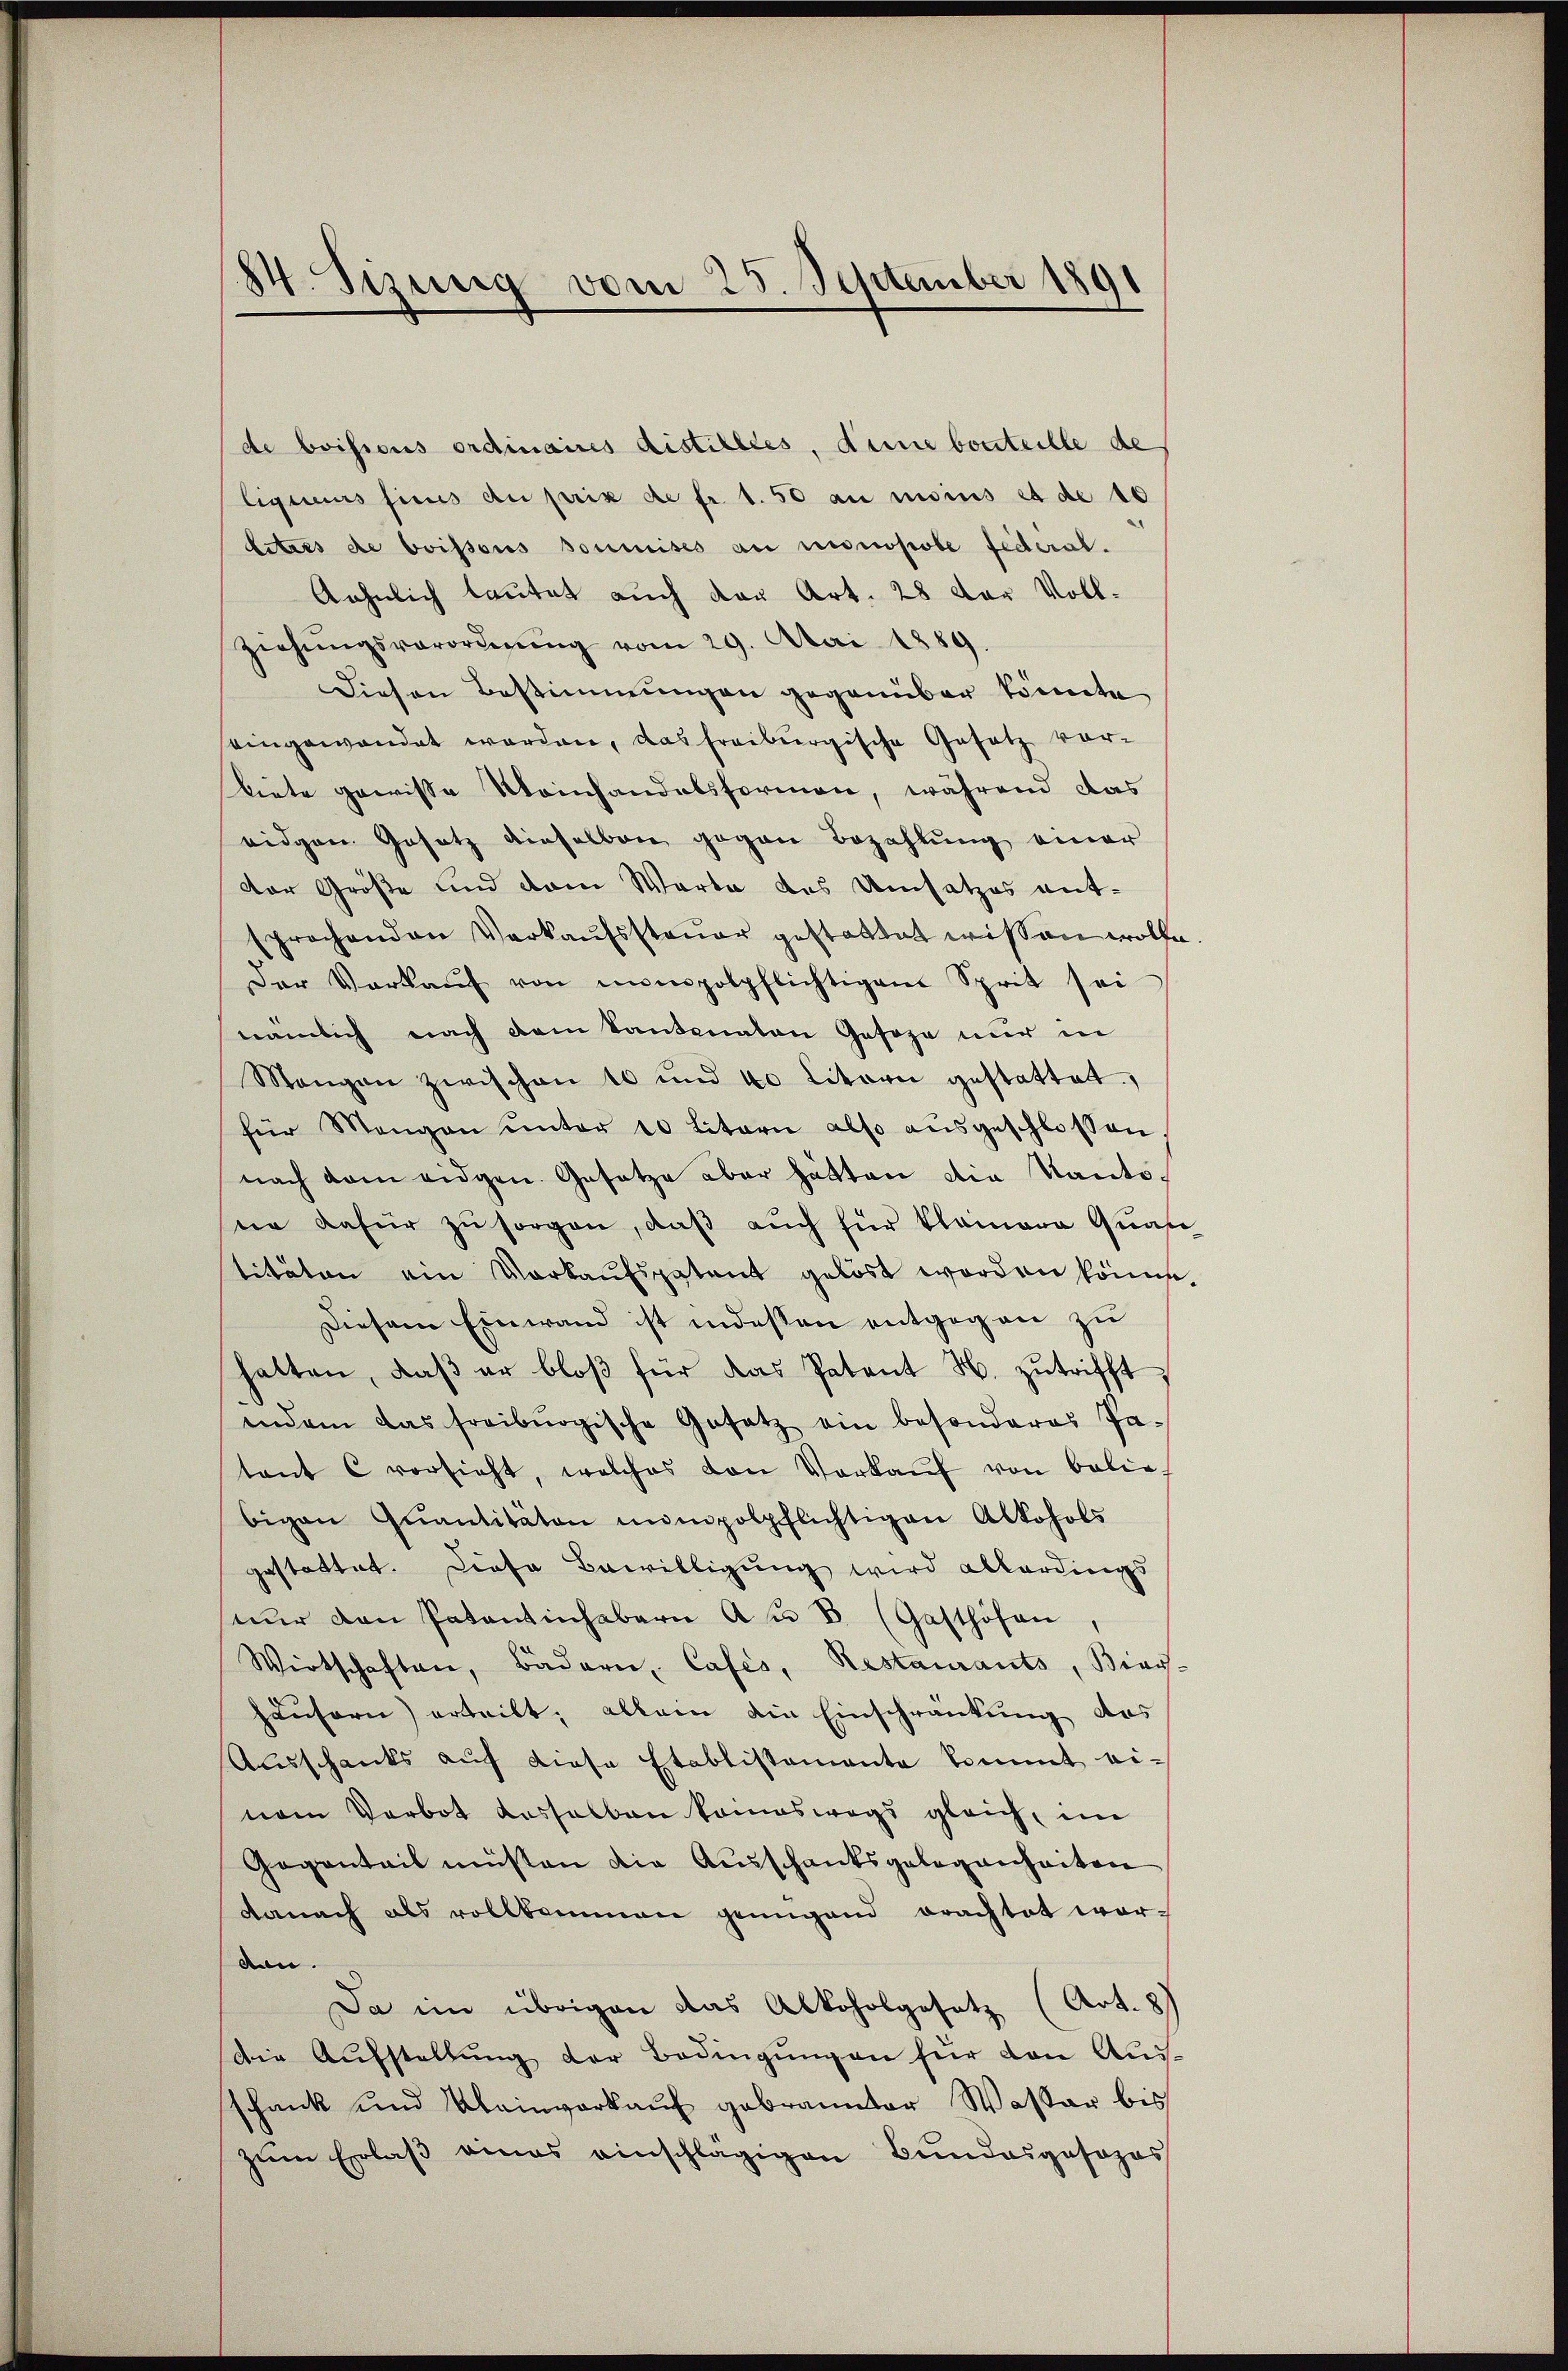
84. Sizung vom 25. September 1891

Ziehŭngsverordnŭng vom 29. Mai 1889
Diesen Bestimmungen gegenüber könnte
eingewandet worden, das freiburgische Gesetz vor-
biete gewisse Meinhandelsformen, während das
eidgen. Gesetz dieselben gegen Bezahlung einer
dor Größe und dem Warte des Umsatzes entsprochenden Verkaŭfssteŭer gestattet wissen wolle
Der Verkaŭf von nimpolpflichtigem Sprit sei
nämlich nach dem Kantonalen Gesohn nur in
Mangen zwischen 10 und 40 litarii gestattet.
für Mengen ŭnter 20 litarie also aŭsgeschlossen
nach dem eidgen. Gesetze aber hätten die Kantoree dafür zu sorgen, daß auch für klainere Quas
titäten ein Vorkaufspatent gelöst worden könne.
Diesem Einwand ist indessen entgegen zu
halten, daβ er bloβ für das Patent H. zutrifft,
indem das freiburgische Gesetz ein besonderes Pa-
tant C vorsieht, welches den Verkaŭf von belie-
bigen Qŭantitäten impolpflichtigen Alkohols
gestattet. Diese Bewilligung wird allerdings
nŭr den Patentinhabern Au 8 (Gasthöhen
Wirtschaften, Bädern, Cafés, Restaurants, Bier-
häusern) erteilt; allein die Einschränkung des
Ausschanks auf diese Etablistamente kommt einem Verbot dasselben kampswegs gleich, im
Gegenteil müsten die Ausschanksgelegenheiten
danach als vollkommen genügend erachtet wer-
den.
Da im übrigen das Alkoholgesetz (Art. 8)
die Aŭfstellŭng der Bedingŭngen für den Aus-
schank und Kleinverkauf gebrannter Wasser bis
zum Erlaß eines einschlägigen Bundesgosozes

de boisions ordinaires distillles, dene bonteille de
liques sicus du prix de fr. 1.50 au moins et de 10
Litres de boissous soumises au monopobe federat.
Aehnlich lautet auch von Art. 28 der Voll-